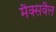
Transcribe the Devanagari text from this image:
मैक्सवैल